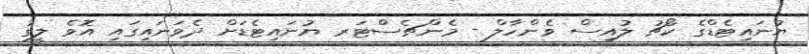
ޔުނައިޓެޑްގެ ކޯޗު ލުއިސް ވެންހާލް - މެންޗެސްޓަރ ޔުނައިޓެޑަށް ދެވަނައިގައި އޮވެ ލީގު